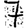
Digit: 7